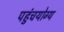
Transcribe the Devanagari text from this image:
पहुंचयोग्य